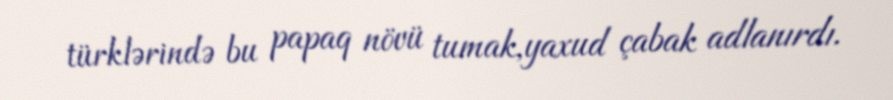
türklərində bu papaq növü tumak,yaxud çabak adlanırdı.